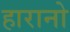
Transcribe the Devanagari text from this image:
हारानो